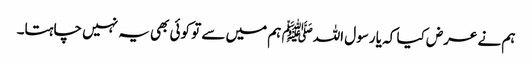
ہم نے عرض کیا کہ یا رسول اللہﷺ ہم میں سے تو کوئی بھی یہ نہیں چاہتا۔